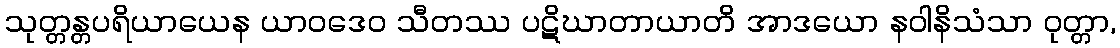
သုတ္တန္တပရိယာယေန ယာဝဒေဝ သီတဿ ပဋိဃာတာယာတိ အာဒယော နဝါနိသံသာ ဝုတ္တာ,